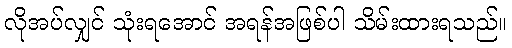
လိုအပ်လျှင် သုံးရအောင် အရန်အဖြစ်ပါ သိမ်းထားရသည်။